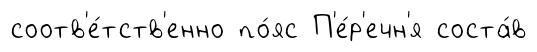
соотв'е́тств'енно по́яс П'е́р'ечн'я соста́в